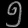
Digit: ၅